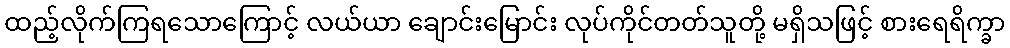
ထည့်လိုက်ကြရသောကြောင့် လယ်ယာ ချောင်းမြောင်း လုပ်ကိုင်တတ်သူတို့ မရှိသဖြင့် စားရေရိက္ခာ